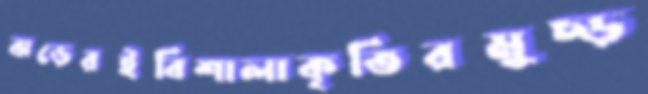
ঝড়েরইবিশালাকৃতিরমুচ্‌ড়